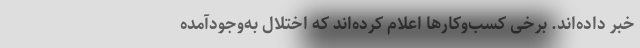
خبر داده‌اند. برخی کسب‌وکارها اعلام کرده‌اند که اختلال به‌وجودآمده